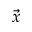
\vec { x }